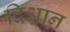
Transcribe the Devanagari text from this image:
दिआन